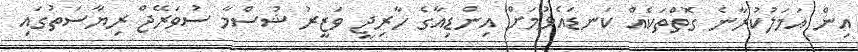
އިން އަމަލުކުރާނެ ގޮތްތަކެއް ކަނޑައެޅުމަށް އިންޑިއާގެ ހާރިޖީ ވަޒީރު ޝުސްމާ ސުވަރޭޖް ރިޔާސަތުގައި